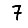
Digit: 7